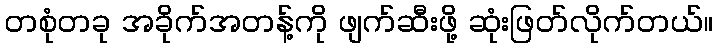
တစုံတခု အခိုက်အတန့်ကို ဖျက်ဆီးဖို့ ဆုံးဖြတ်လိုက်တယ်။